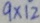
9 \times 1 2